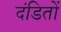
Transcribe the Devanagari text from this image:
दंडितों